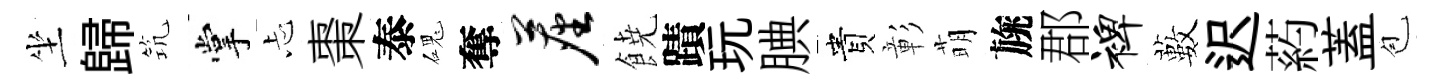
坐歸𥬑掌忐棗泰磈奪尘𩜙蹟玩腆貴彰萌旐郡裨藪迟葯蓋苞